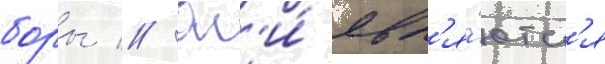
боры // Он'и́ явл'я́ютс'я